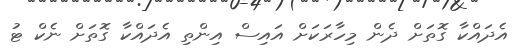
އެދައްކާ ގޮތަށް ދެން މިހާރަކަށް އައިސް އިންތި އެދައްކާ ގޮތަށް ނެކް ޓު